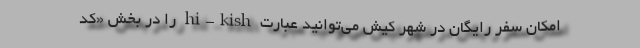
امکان سفر رایگان در شهر کیش می‌توانید عبارت hi-kish را در بخش «کد